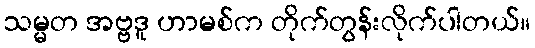
သမ္မတ အဗ္ဗဒူ ဟာမစ်က တိုက်တွန်းလိုက်ပါတယ်။